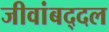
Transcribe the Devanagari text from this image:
जीवांबद्दल